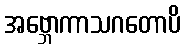
အဗ္ဘောကာသဂတောပိ